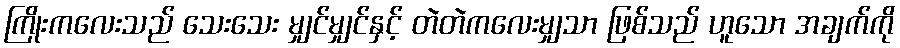
ကြိုးကလေးသည် သေးသေး မျှင်မျှင်နှင့် တဲတဲကလေးမျှသာ ဖြစ်သည် ဟူသော အချက်ကို